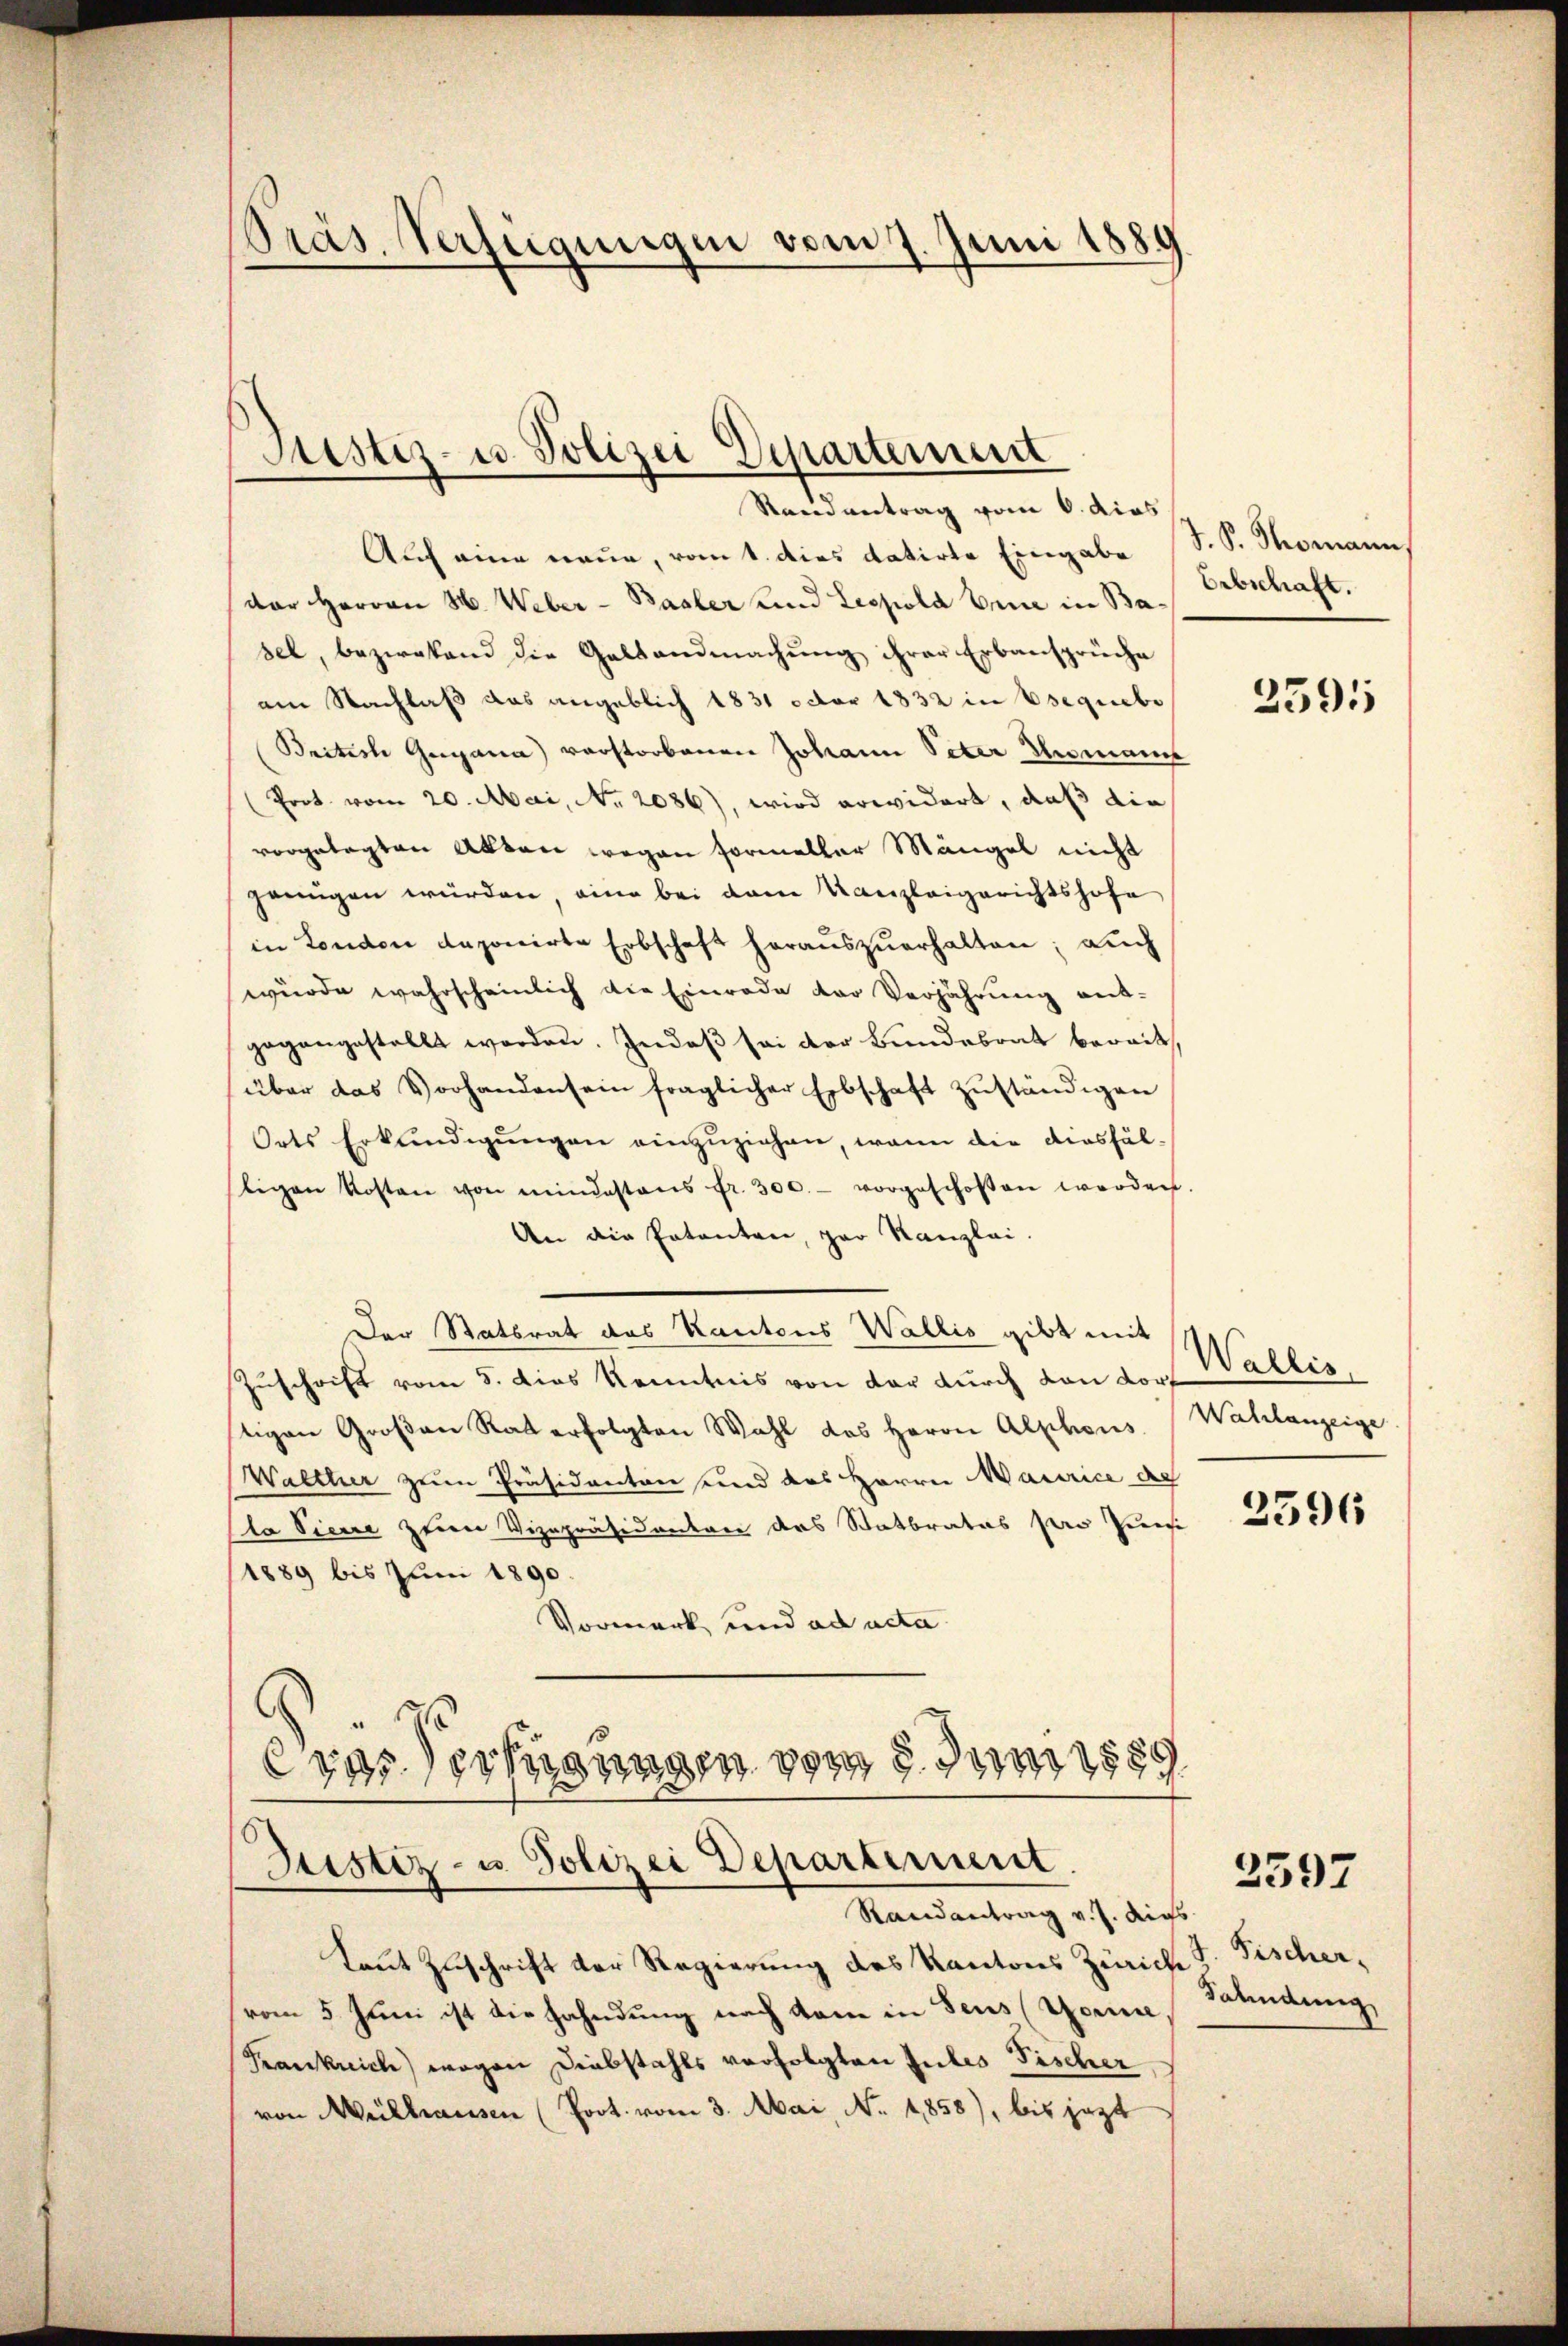
Präs. Verfügungen vom 7. Juni 1880

Justiz- u. Polizei Departement

Ramantrag vom 6. dies
Auch eine neue, vom 1. dies datirte Eingabe (S. S. Thomann,
der Herren H. Weber - Basler und Leopold binne in Basel, bezirkend die Gallandmachung ihrer Erbansprüche
am Nachlaß das angeblich 1831 octor 1832 in Esequebe
British Gogana) verstorbenen Johann Peter Aromanis
(Prot. vom 20. Mai, No. 2086), wird erwidert, daß die
vorgelegten Akten wegen Formeller Mängel nicht
jenigen würden, eine bei dem Kanzleigerichtshofe
in London deponirte Erbschaft heraŭszŭerhalten; auch
wurde wahrscheinlich die Einrade der Verjährung ent-
gegangestellt worden. Indeß sei der Bundesrat bereit
über das Vorhandensein fraglicher Erbschaft zŭständigen
Orts Erkundigungen einzuziehen, wenn die diesfälligen Kosten von mindestens fr. 300.- vorgeschosen werden.
An die Patenten, par Kanzlei.
Der Statsrat des Kantons Wallis gibt mit
Zuschrift vom 5. dies Kenntnis von der durch von dortigen Großen Rat erfolgten Wahl des Herrn Alphons
Walther zum Präsidenten und des Herrn Maurice der
la Siene zum Vizepräsidendern das Statbrates pere Pensi
1889 bis Juni 1890.
Vormerk und ad acta
8.
Crasserhangen vom 8. Juni 1889
Justiz- u. Polizei Departement
Randantrag v. J. Augs
Laut Zuschrift der Regierung des Kantons Zürich S. Fischervom 5. Juni ist die Fahndung nach kann in Seus (Berne
Krankrich) wegen Diebstahls verfolgten Jules Fischer
von Mülhausen (Poot. vom 3. Mai, No. 1858), bis jezt

Erbschaft.

2391

Wallis.
Walchanzeige

2596

2597

Salindung